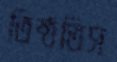
তিষ্ঠতিস